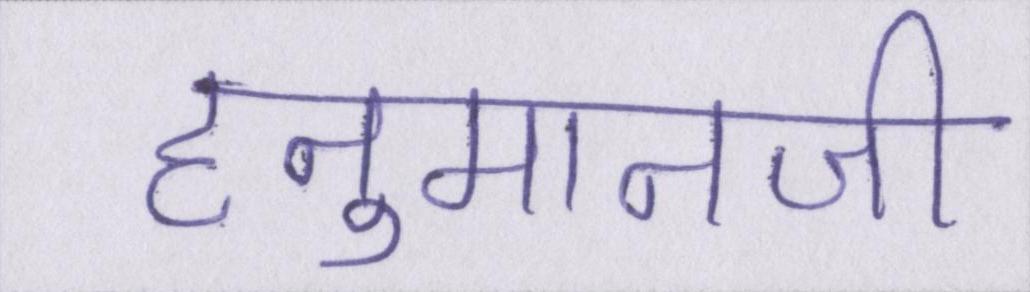
हनुमानजी